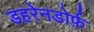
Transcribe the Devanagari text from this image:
डहरेनडोर्फ़